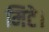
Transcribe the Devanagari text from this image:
मिटे।